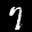
Label: 7